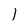
Character: l